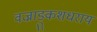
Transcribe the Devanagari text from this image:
वज्राङ्कुशधराय